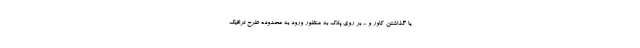
یا گذاشتن کاور و ... بر روی پلاک به منظور ورود به محدوده طرح ترافیک